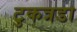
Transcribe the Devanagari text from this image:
टुकत्रडा